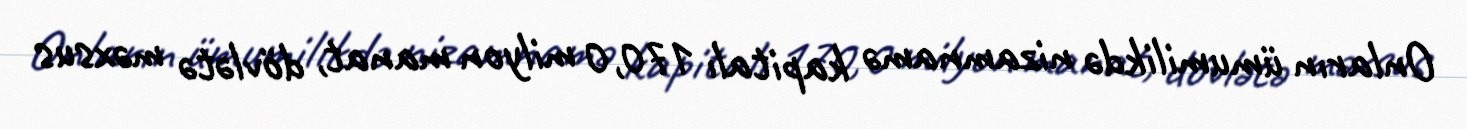
Onların ümumilikdə nizamnamə kapitalı 170,0 milyon manat, dövlətə məxsus